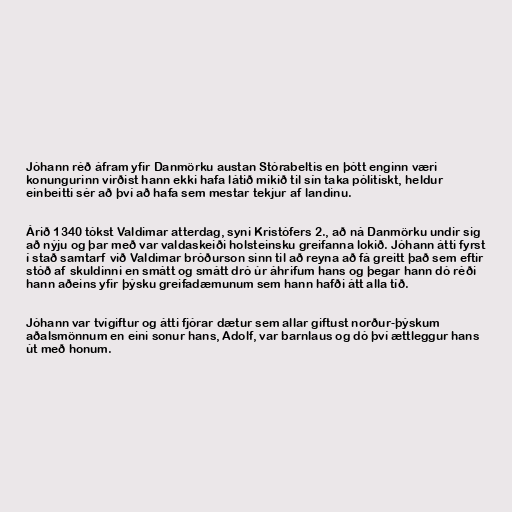
Jóhann réð áfram yfir Danmörku austan Stórabeltis en þótt enginn væri
konungurinn virðist hann ekki hafa látið mikið til sín taka pólitískt, heldur
einbeitti sér að því að hafa sem mestar tekjur af landinu.

Árið 1340 tókst Valdimar atterdag, syni Kristófers 2., að ná Danmörku undir sig
að nýju og þar með var valdaskeiði holsteinsku greifanna lokið. Jóhann átti fyrst
í stað samtarf við Valdimar bróðurson sinn til að reyna að fá greitt það sem eftir
stóð af skuldinni en smátt og smátt dró úr áhrifum hans og þegar hann dó réði
hann aðeins yfir þýsku greifadæmunum sem hann hafði átt alla tíð.

Jóhann var tvígiftur og átti fjórar dætur sem allar giftust norður-þýskum
aðalsmönnum en eini sonur hans, Adolf, var barnlaus og dó því ættleggur hans
út með honum.